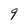
Character: 9